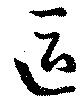
區